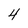
Character: 4